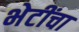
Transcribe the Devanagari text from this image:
भेटींचा